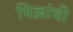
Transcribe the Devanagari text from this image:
भिल्लांची